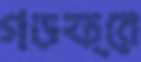
গডফ্রে